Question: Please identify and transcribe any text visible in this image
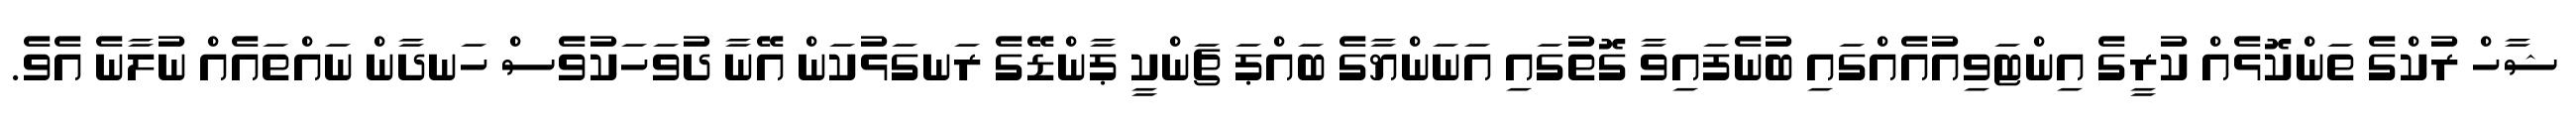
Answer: ޝާހް ރުކްގެ ތަންކޮޅެއް ކުރީގެ އިންޓަވިއުއެއްގައި ބުނެފައިވާ ގޮތުގައި އަނަންޔާގެ ބައްޕަ ޗަންކީ ޕާންޑޭގެ ރަނގަޅުކަން އޭނާ ދުވަހަކުވެސް ހަނދާން ނައްތައެއް ނުލާނެ އެވެ.